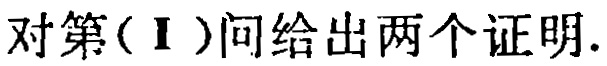
对第(Ⅰ)问给出两个证明.